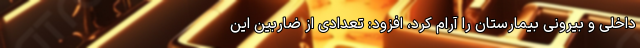
داخلی و بیرونی بیمارستان را آرام کرد، افزود: تعدادی از ضاربین این